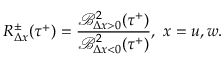
R _ { \Delta x } ^ { \pm } ( \tau ^ { + } ) = \frac { \mathcal { B } _ { \Delta x > 0 } ^ { 2 } ( \tau ^ { + } ) } { \mathcal { B } _ { \Delta x < 0 } ^ { 2 } ( \tau ^ { + } ) } , \ x = u , w .